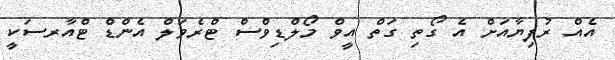
އެއް ރުފިޔާއަށް އެ ގޯތި ގަތް އީވް މޯލްޑިވްސް ޓްރެވަލް އެންޑް ޓްއާރސަކީ